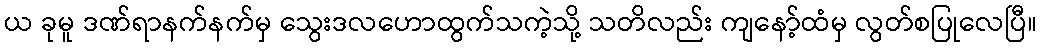
ယ ခုမူ ဒဏ်ရာနက်နက်မှ သွေးဒလဟောထွက်သကဲ့သို့ သတိလည်း ကျနော့်ထံမှ လွတ်စပြုလေပြီ။